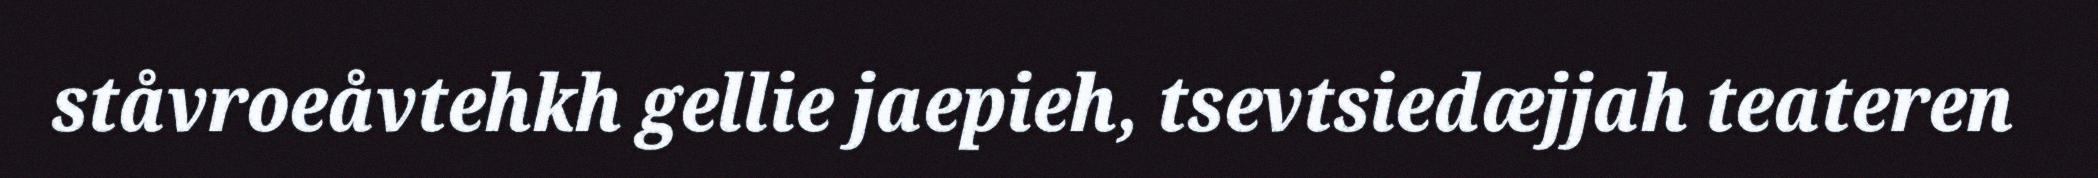
ståvroeåvtehkh gellie jaepieh, tsevtsiedæjjah teateren